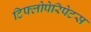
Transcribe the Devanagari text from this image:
टिफ्लोपेरिपेटस